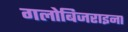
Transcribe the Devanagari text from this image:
गलोबिजराइना